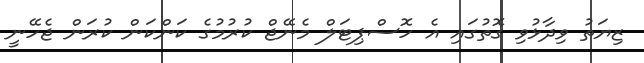
ޒިޔަތު ވިދާޅުވި ގޮތުގައި އެ ހޮސްޕިޓަލް މެނޭޖް ކުރުމުގެ ކަންކަން ކުރަން ޖެހޭނީ